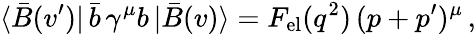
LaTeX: \langle\bar{B}(v^{\prime})|\, \bar{b}\, \gamma^{\mu}b\, |\bar{B}(v)\rangle=F_{\mathrm{el}}(q^{2})\, (p+p^{\prime})^{\mu}\, ,